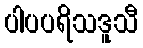
ပါပပရိသဒူသီ